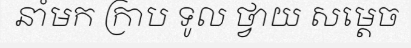
នាំមក ក្រាប ទូល ថ្វាយ សម្តេច